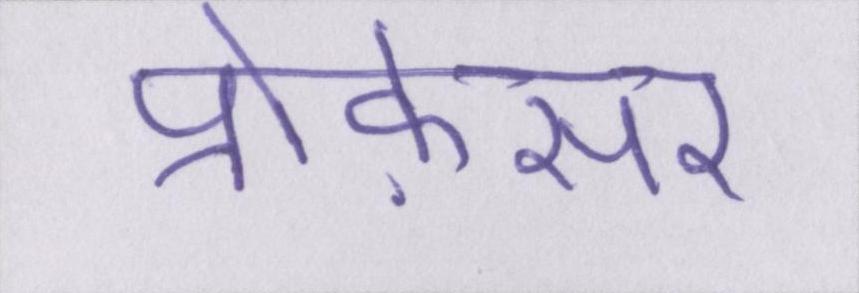
प्रोफ़ेसर